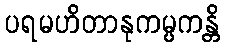
ပရမဟိတာနုကမ္ပကန္တိ